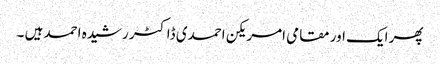
پھر ایک اور مقامی امریکن احمدی ڈاکٹر رشیدہ احمد ہیں ۔